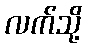
လက်သို့